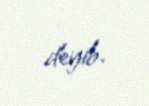
deyib.